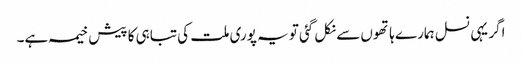
اگر یہی نسل ہمارے ہاتھوں سے نکل گئی تو یہ پوری ملت کی تباہی کا پیش خیمہ ہے۔